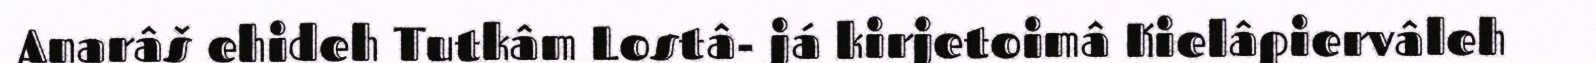
Anarâš ehideh Tutkâm Lostâ- já kirjetoimâ Kielâpiervâleh